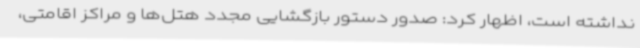
نداشته است، اظهار کرد: صدور دستور بازگشایی مجدد هتل‌ها و مراکز اقامتی،